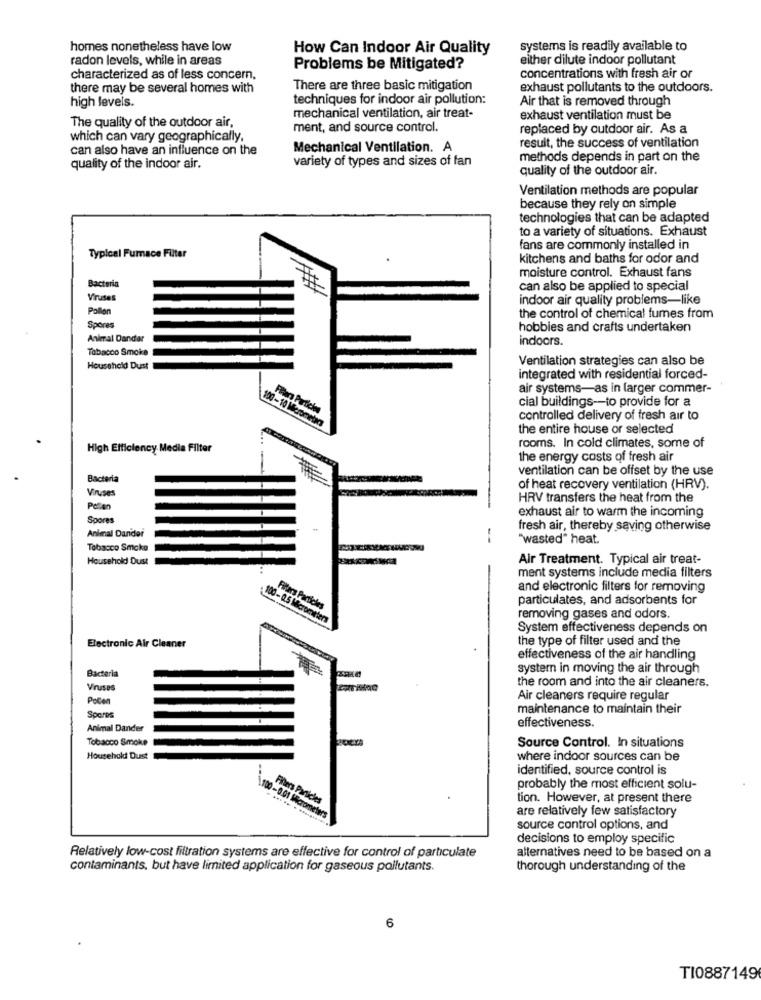
homes nonetheless have low
How Can Indoor Air Quality
systems is readily available to
radon levels, while in areas
either dilute indoor pollutant
Problems be Mitigated?
characterized as of less concern,
concentrations with fresh air or
there may be several homes with
There are three basic mitigation
exhaust pollutants to the outdoors.
techniques for indoor air pollution:
Air that is removed through
high levels.
mechanical ventilation, air treat-
exhaust ventilation must be
The quality of the outdoor air,
ment, and source control.
replaced by outdoor air. As a
which can vary geographically,
result, the success of ventilation
can also have an influence on the
Mechanical Ventilation. A
variety of types and sizes of fan
methods depends in part on the
quality of the indoor air.
quality of the outdoor air.
Ventilation methods are popular
because they rely on simple
technologies that can be adapted
to a variety of situations. Exhaust
fans are commonly installed in
Typical Furnace Filter
kitchens and baths for odor and
Bacteria
moisture control. Exhaust fans
can also be applied to special
Viruses
indoor air quality problems-like
Pollon
the control of chemical fumes from
Spores
hobbies and crafts undertaken
Animal Dander
indoors.
Tabacco Smoke
Ventilation strategies can also be
Household Dust
integrated with residential forced-
air systems-as in larger commer-
cial buildings -- to provide for a
100-10 Merometks
controlled delivery of fresh air to
the entire house or selected
rooms. In cold climates, some of
High Efficiency Media Filter
the energy costs of fresh air
ventilation can be offset by the use
Bacteria
Viruses
of heat recovery ventilation (HRV).
HRV transfers the heat from the
Pellen
exhaust air to warm the incoming
Spores
Animal Dander
fresh air, thereby saving otherwise
-
"wasted" heat.
Tobacco Smoke
Household Dust
Air Treatment. Typical air treat-
ment systems include media filters
and electronic filters for removing
particulates, and adsorbents for
Filters Particles
100-0.5 Micrometers
removing gases and odors.
System effectiveness depends on
Electronic Air Cleaner
the type of filter used and the
effectiveness of the air handling
Bacteria
system in moving the air through
the room and into the air cleaners.
Viruses
Air cleaners require regular
maintenance to maintain their
Spores
Animal Dander
effectiveness.
Tobacco Smoke
Source Control. In situations
Househoki Dust
where indoor sources can be
identified, source control is
probably the most efficient solu-
100-001
Fillers Particles
tion. However, at present there
are relatively few satisfactory
source control options, and
decisions to employ specific
Relatively low-cost filtration systems are effective for control of particulate
alternatives need to be based on a
contaminants, but have limited application for gaseous pollutants.
thorough understanding of the
6
TI0887149